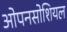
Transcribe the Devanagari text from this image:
ओपनसोशियल